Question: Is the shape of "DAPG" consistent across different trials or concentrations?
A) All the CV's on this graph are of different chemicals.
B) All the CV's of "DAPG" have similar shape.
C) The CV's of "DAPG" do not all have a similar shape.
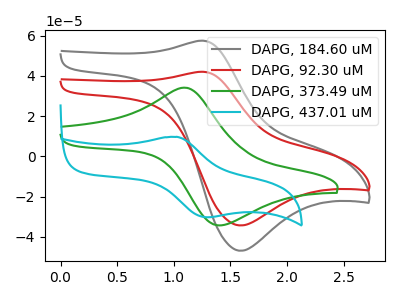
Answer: <think>The gray curve "DAPG, 184.60 uM" has an anodic peak at (1.25V, 57.55uA) and a cathodic peak at (1.60V, -46.90uA). The red curve "DAPG, 92.30 uM" has an anodic peak at (1.25V, 42.10uA) and a cathodic peak at (1.60V, -34.30uA). The green curve "DAPG, 373.49 uM" has an anodic peak at (1.10V, 34.20uA) and a cathodic peak at (1.40V, -34.20uA). The cyan curve "DAPG, 437.01 uM" has an anodic peak at (1.05V, 9.75uA) and a cathodic peak at (1.30V, -30.20uA).
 All the peaks in "DAPG, 184.60 uM" have a peak in "DAPG, 92.30 uM" at the same potential. Every peak in "DAPG, 184.60 uM" is higher than every peak in "DAPG, 92.30 uM". "DAPG, 184.60 uM" and "DAPG, 373.49 uM" have at least one peak that do not match. "DAPG, 184.60 uM" and "DAPG, 437.01 uM" have at least one peak that do not match. "DAPG, 92.30 uM" and "DAPG, 373.49 uM" have at least one peak that do not match. "DAPG, 92.30 uM" and "DAPG, 437.01 uM" have at least one peak that do not match. "DAPG, 373.49 uM" and "DAPG, 437.01 uM" have at least one peak that do not match.</think>
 <answer>B) All the CV's of "DAPG" have similar shape.</answer>
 <eval>B</eval>